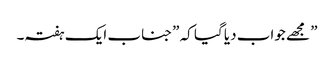
” مجھے جواب دیا گیا کہ ”جناب ایک ہفتہ۔